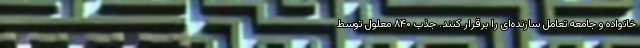
خانواده و جامعه تعامل سازنده‌ای را برقرار کنند. جذب ۸۴۰ معلول توسط